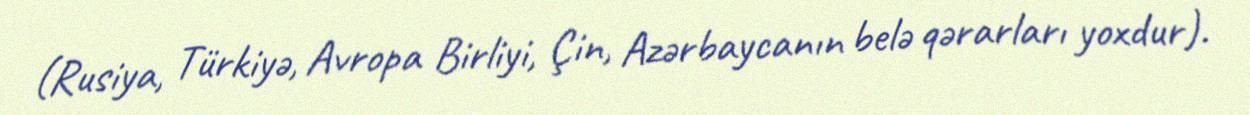
(Rusiya, Türkiyə, Avropa Birliyi, Çin, Azərbaycanın belə qərarları yoxdur).